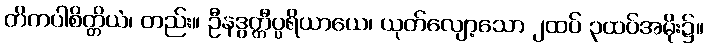
တိကပါစိတ္တိယံ၊ တည်း။ ဦနဒွတ္တီပ္ပရိယာယေ၊ ယုတ်လျော့သော ၂ထပ် ၃ထပ်အမိုး၌။